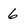
Character: 6